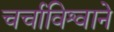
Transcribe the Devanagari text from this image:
चर्चाविश्वाने